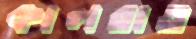
কালরাত